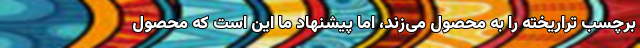
برچسب تراریخته را به محصول می‌زند، اما پیشنهاد ما این است که محصول